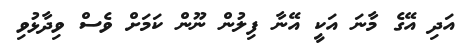
އަދި އޭގެ މާނަ އަކީ އޭނާ ފިލުން ނޫން ކަމަށް ވެސް ވިދާޅުވި